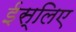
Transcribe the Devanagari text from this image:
ईस्लिए